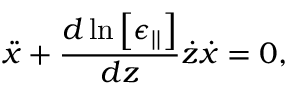
\ddot { x } + \frac { d \ln \left[ \epsilon _ { | | } \right] } { d z } \dot { z } \dot { x } = 0 ,